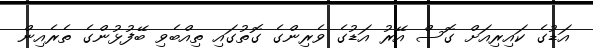
އަޑުގެ ކައިރިއަށް ގޮސް އޭރު އަޑުގެ ވެރިންގެ ގޮތުގައި ތިއްބެވި ބޭފުޅުންގެ ތެރެއިން